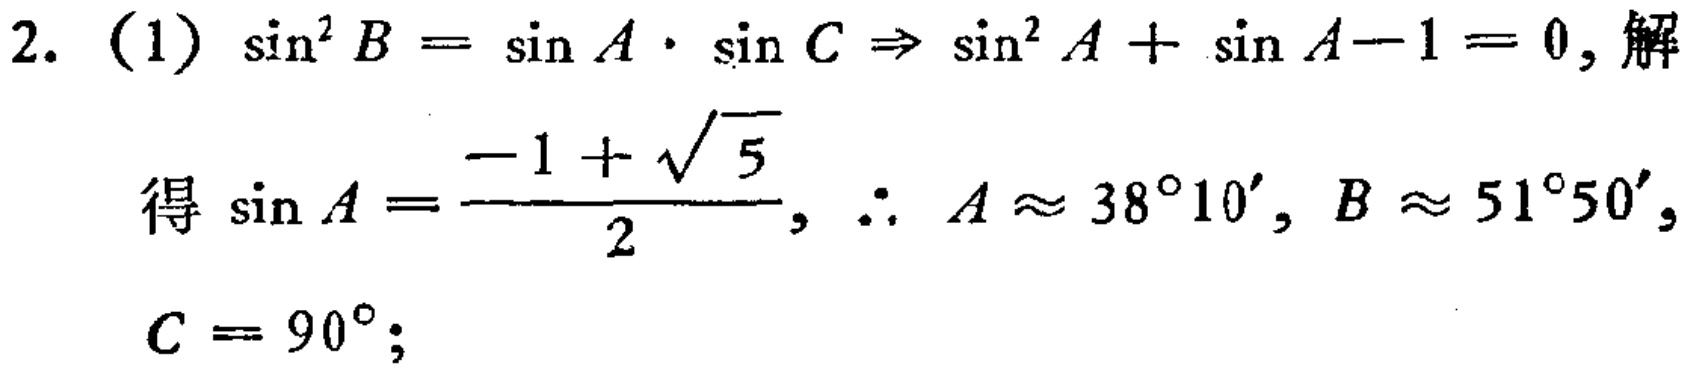
2. (1) \(\sin^{2}B = \sin A\cdot\sin C\Rightarrow\sin^{2}A+\sin A - 1 = 0\), 解
得 \(\sin A=\frac{-1 + \sqrt{5}}{2}\), \(\therefore A\approx38^{\circ}10'\), \(B\approx51^{\circ}50'\),
\(C = 90^{\circ}\);